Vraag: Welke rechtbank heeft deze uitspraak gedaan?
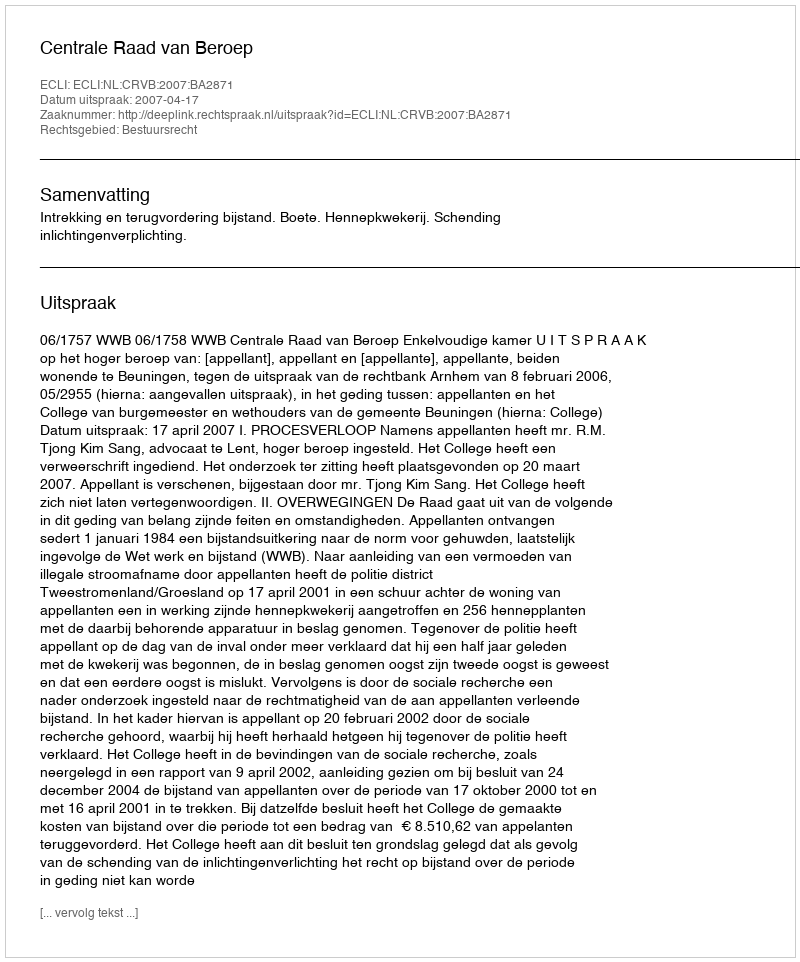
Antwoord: Centrale Raad van Beroep